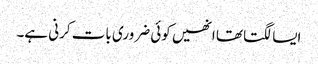
ایسا لگتا تھا انھیں کوئی ضروری بات کرنی ہے۔